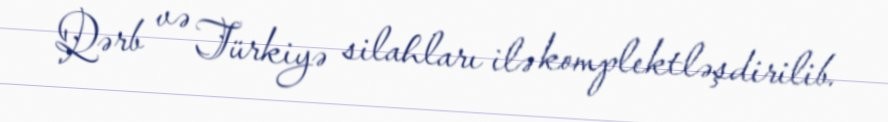
Qərb və Türkiyə silahları ilə komplektləşdirilib.